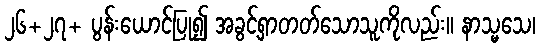
၂၆+၂၇+ ပွန်းယောင်ပြု၍ အခွင့်ရှာတတ်သောသူကိုလည်း။ နာသ္မသေ၊